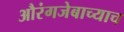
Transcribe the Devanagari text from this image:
औरंगजेबाच्याच